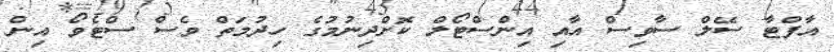
އާފްޓާ ސޭލް ސާވިސް އާއި އިންސްޓޯލް ކޮށްދިނުމުގެ ހިދުމަތް ވެސް ސްޓެވޯ އިން